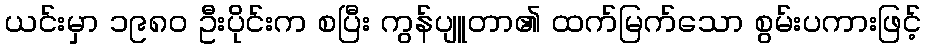
ယင်းမှာ ၁၉၈၀ ဦးပိုင်းက စပြီး ကွန်ပျူတာ၏ ထက်မြက်သော စွမ်းပကားဖြင့်